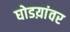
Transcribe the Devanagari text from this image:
घोडय़ांवर